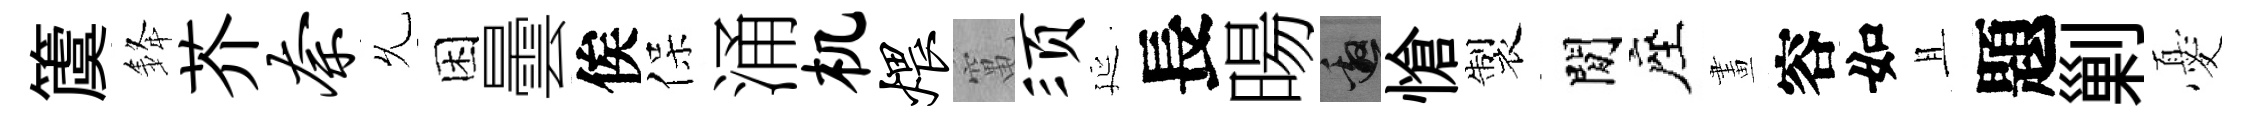
𥵂𨦟芥奈𠃔困曇俟保涌机煨𥧄须延長暘邀愴製閒座畫容如且題剿憂